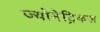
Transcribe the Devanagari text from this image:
ज्योमेट्रिकल